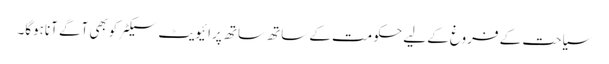
سیاحت کے فروغ کے لیے حکومت کے ساتھ ساتھ پرائیویٹ سیکٹرکوبھی آگے آناہوگا۔